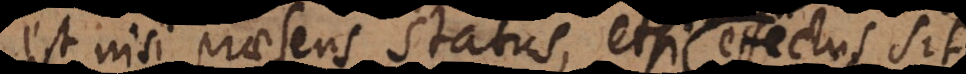
est nisi praesens status, etsi effectus sit